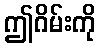
ဤဂိမ်းကို